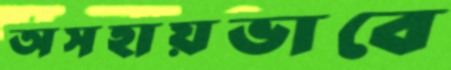
অসহায়ভাবে